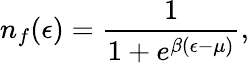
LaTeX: n_{f}(\epsilon)=\frac{1}{1+e^{\beta(\epsilon-\mu)}},